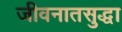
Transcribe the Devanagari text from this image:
जीवनातसुद्धा